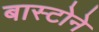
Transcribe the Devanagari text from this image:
बास्टोने